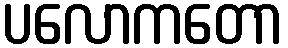
ပလောကတော